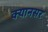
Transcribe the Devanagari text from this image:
क्यानसर